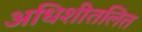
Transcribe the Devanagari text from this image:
अधिशीतलित